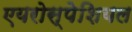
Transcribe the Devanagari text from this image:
एयरोस्पेशियल